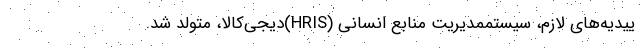
ییدیه‌های لازم، سیستممدیریت منابع انسانی (HRIS)دیجی‌کالا، متولد شد.